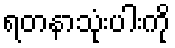
ရတနာသုံးပါးကို